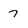
Character: 7